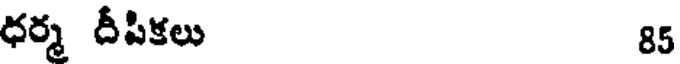
ధర్మ దీపికలు 85